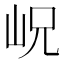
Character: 岲